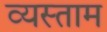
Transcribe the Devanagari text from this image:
व्यस्ताम